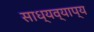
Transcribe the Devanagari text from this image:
साध्यव्याप्य